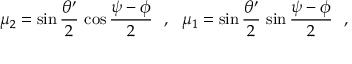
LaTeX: \mu _ { 2 } = \sin \frac { \theta ^ { \prime } } { 2 } \, \cos \frac { \psi - \phi } { 2 } ~ ~ , ~ ~ \mu _ { 1 } = \sin \frac { \theta ^ { \prime } } { 2 } \, \sin \frac { \psi - \phi } { 2 } ~ ~ ,